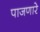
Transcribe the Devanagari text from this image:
पाजणारे